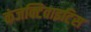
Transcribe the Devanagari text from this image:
कंजक्टिवाइटिस